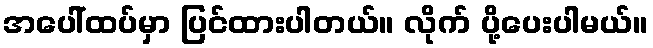
အပေါ်ထပ်မှာ ပြင်ထားပါတယ်။ လိုက် ပို့ပေးပါမယ်။